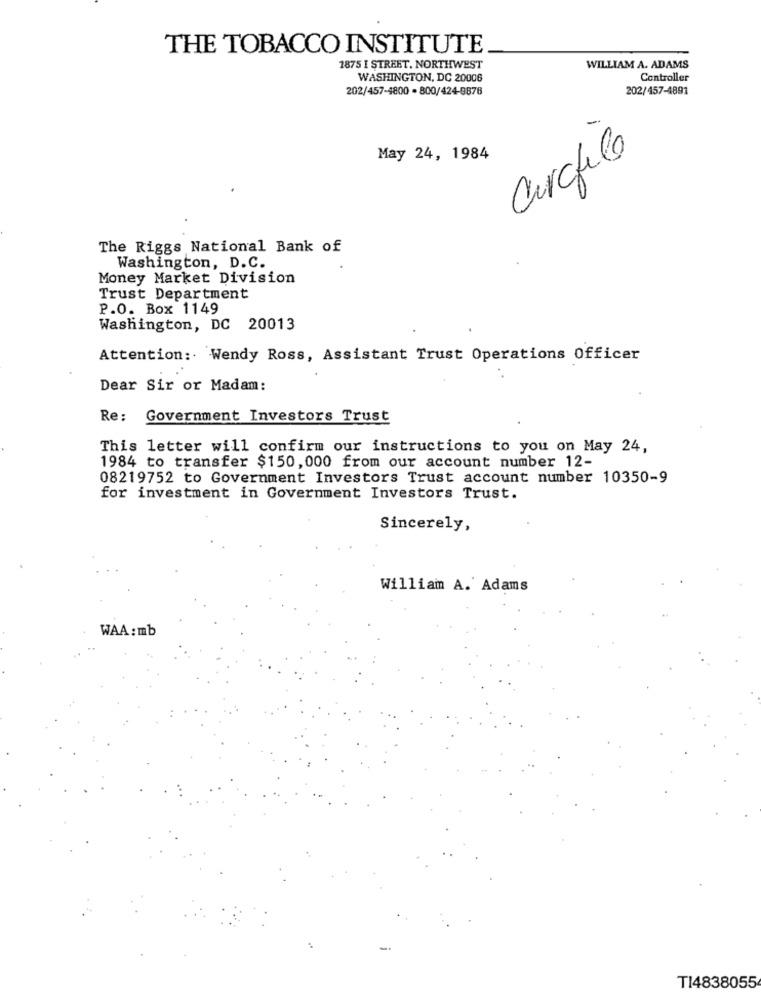
THE TOBACCO INSTITUTE
1875 I STREET, NORTHWEST
WILLIAM A. ADAMS
WASHINGTON, DC 20006
Controller
202/457-4800 - 800/424-9876
202/457-4891
-
Carchile
May 24, 1984
The Riggs National Bank of
Washington, D.C.
Money Market Division
Trust Department
P.O. Box 1149
Washington, DC 20013
Attention: Wendy Ross, Assistant Trust Operations Officer
Dear Sir or Madam:
Re: Government Investors Trust
This letter will confirm our instructions to you on May 24,
1984 to transfer $150,000 from our account number 12-
08219752 to Government Investors Trust account number 10350-9
for investment in Government Investors Trust.
Sincerely,
William A. Adams
WAA: mb
T14838055